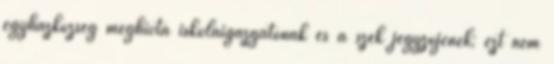
egyházközség meghívta iskolaigazgatónak és a szék jegyzőjének; ezt nem